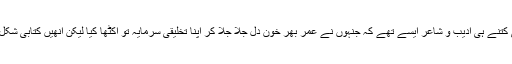
وگرنہ کتنے ہی کتنے ہی ادیب و شاعر ایسے تھے کہ جنہوں نے عمر بھر خونِ دل جلا جلا کر اپنا تخلیقی سرمایہ تو اکٹھا کیا لیکن اُنھیں کتابی شکل نہ سے سکے ۔